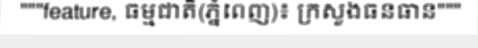
"""feature, ធម្មជាតិ(ភ្នំពេញ)៖ ក្រសួងធនធាន"""